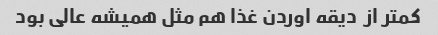
کمتر از  دیقه اوردن غذا هم مثل همیشه عالی بود